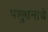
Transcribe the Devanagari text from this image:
पशुधनाचे